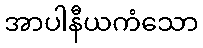
အာပါနီယကံသော